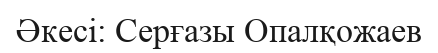
Әкесі: Серғазы Опалқожаев